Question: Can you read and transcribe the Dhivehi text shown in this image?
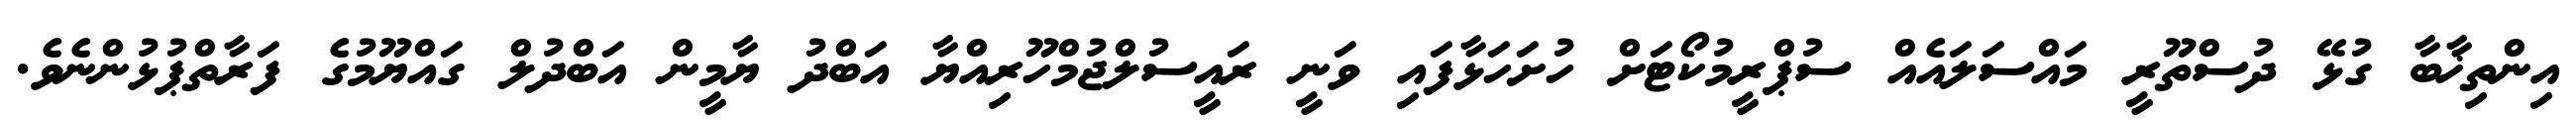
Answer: އިންތިޚާބާ ގުޅޭ ދުސްތޫރީ މައްސަލައެއް ސުޕްރީމުކޯޓަށް ހުށަހަޅާފައި ވަނީ ރައީސުލްޖުމްހޫރިއްޔާ އަބްދު ޔާމީން އަބްދުލް ގައްޔޫމުގެ ފަރާތްޕުޅުންނެވެ.